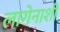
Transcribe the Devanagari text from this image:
लागेनाशी